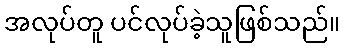
အလုပ်တူ ပင်လုပ်ခဲ့သူဖြစ်သည်။